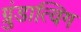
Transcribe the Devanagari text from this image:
ग्रुंडात्विग